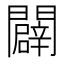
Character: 闢